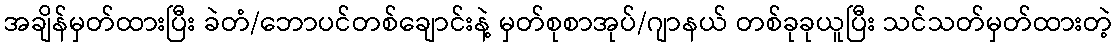
အချိန်မှတ်ထားပြီး ခဲတံ/ဘောပင်တစ်ချောင်းနဲ့ မှတ်စုစာအုပ်/ဂျာနယ် တစ်ခုခုယူပြီး သင်သတ်မှတ်ထားတဲ့